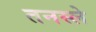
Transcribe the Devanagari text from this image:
तनस्ले